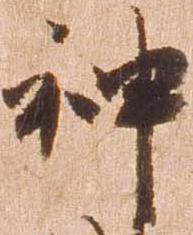
神